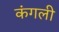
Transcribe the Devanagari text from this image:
कंगली